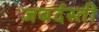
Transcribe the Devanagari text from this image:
जबर्दस्‍ती